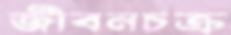
জীবনচক্র